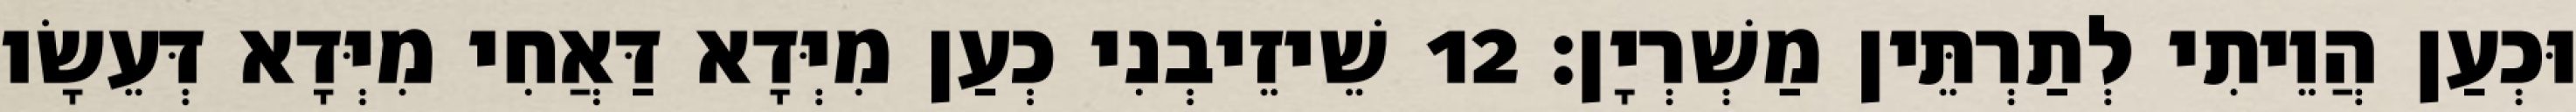
וּכְעַן הֲוֵיתִי לְתַרְתֵּין מַשְׁרְיָן׃ 12 שֵׁיזֵיבְנִי כְעַן מִיְּדָא דַּאֲחִי מִיְּדָא דְּעֵשָׂו